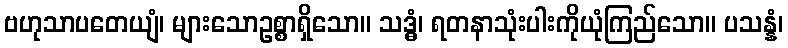
ဗဟုသာပတေယျံ၊ များသောဥစ္စာရှိသော။ သဒ္ဓံ၊ ရတနာသုံးပါးကိုယုံကြည်သော။ ပသန္နံ၊